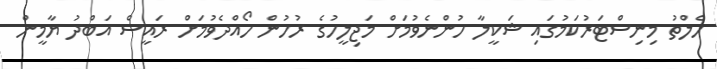
ހެލްތު މިނިސްޓަރުކަމުގައި ޝަކީލާ ހުންނެވުމަށް މަޖިލީހުގެ ރުހުން ހޯއްދެވުމަށް ރައީސް އަބްދު ޔާމީން